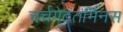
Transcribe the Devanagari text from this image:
चर्चगेटतर्मिनस